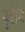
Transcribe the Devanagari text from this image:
युऐरेन